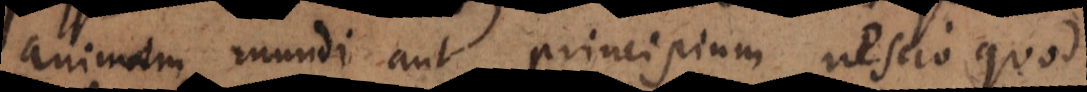
animam mundi aut principium nescio quod